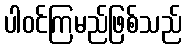
ပါဝင်ကြမည်ဖြစ်သည်